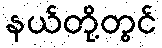
နယ်တို့တွင်